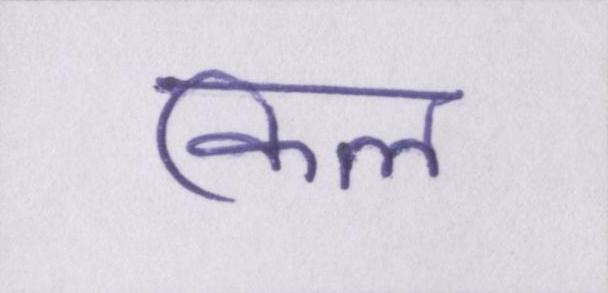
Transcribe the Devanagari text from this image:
किल